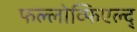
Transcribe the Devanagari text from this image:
फल्लोव्फिएल्द्